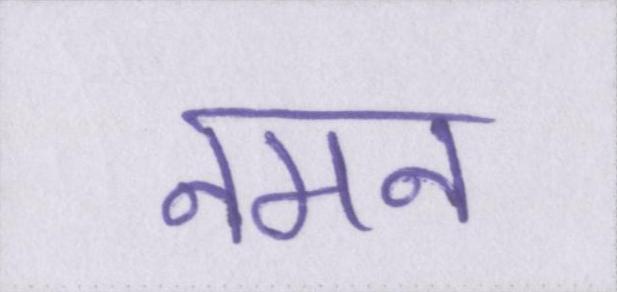
नमन